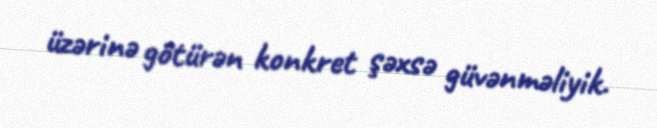
üzərinə götürən konkret şəxsə güvənməliyik.